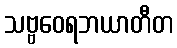
သဗ္ဗဝေရဘယာတီတ